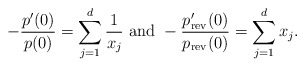
\begin{align*}-\frac{p'(0)}{p(0)}=\sum_{j=1}^d\frac{1}{x_j}~{\rm and}~-\frac{p'_{\rm rev}(0)}{p_{\rm rev}(0)}=\sum_{j=1}^dx_j.\end{align*}